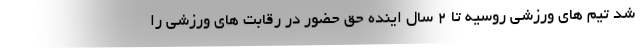
شد تیم های ورزشی روسیه تا ۲ سال اینده حق حضور در رقابت های ورزشی را